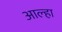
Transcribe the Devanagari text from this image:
आल्‍हा